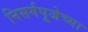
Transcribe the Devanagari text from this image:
निसर्गपूजेच्या